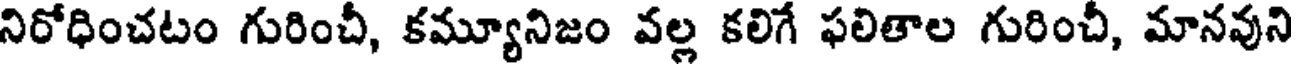
నిరోధించటం గురించీ, కమ్యూనిజం వల్ల కలిగే ఫలితాల గురించీ, మానవుని